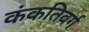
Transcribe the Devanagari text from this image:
कंकतिवर्ग